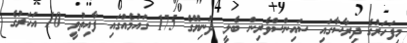
މިފަހަރުގެ ދިރާސާގައި ސައިންސްވެރިން ބެލީ ދުނިޔޭގެ 175 ގައުމެއްގައި ފާއިތުވީ 10 އަހަރުގެ